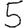
Digit: 5